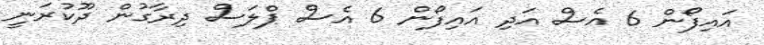
އައިފޯން 6 އެސް އަދި އައިފޯން 6 އެސް ޕްލަސް ދިރާގުން ދޫކުރަނީ